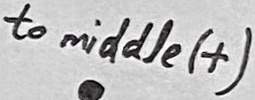
Text: to middle (+)